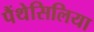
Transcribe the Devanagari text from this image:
पैंथेसिलिया